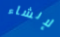
لإنشاء